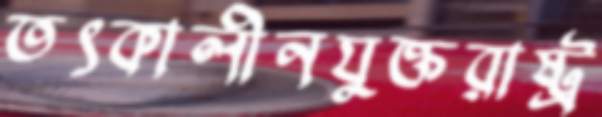
তৎকালীনযুক্তরাষ্ট্র